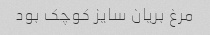
مرغ بریان سایز کوچک بود